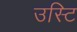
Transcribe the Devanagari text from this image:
उस्टि